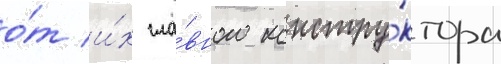
о́т и́х гла́вного констру́ктора